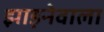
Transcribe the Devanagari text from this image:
झाड़नेवाला